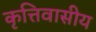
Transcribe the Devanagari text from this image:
कृत्तिवासीय